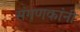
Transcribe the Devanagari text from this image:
संगणकांनी